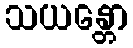
သယန္တော